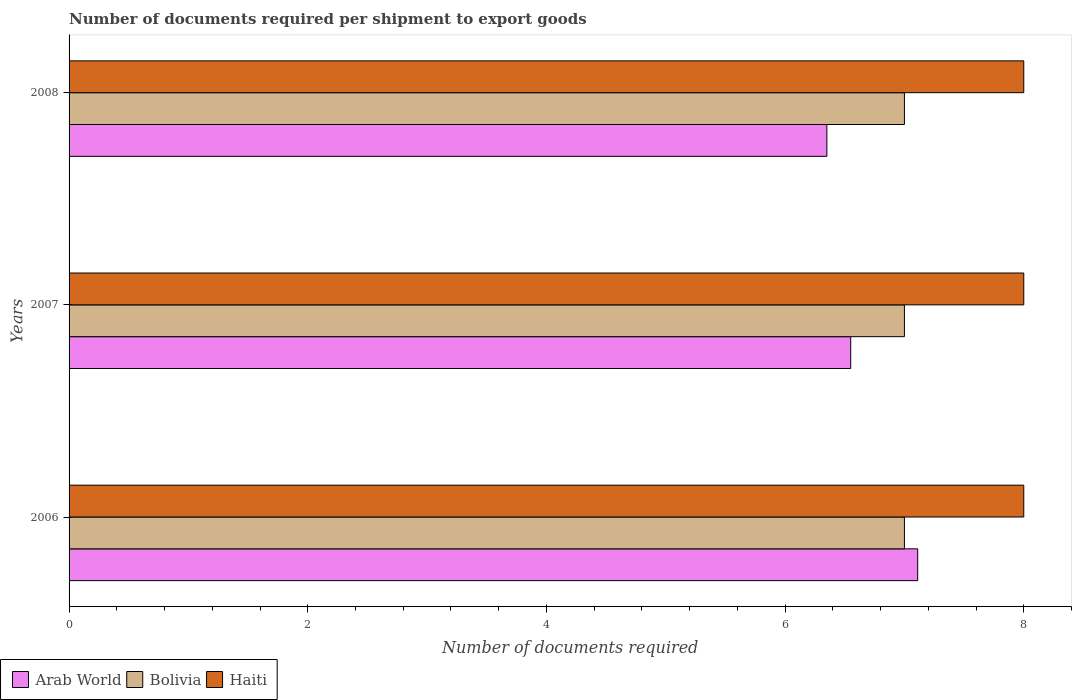
| Years | Arab World | Bolivia | Haiti |
 | --- | --- | --- | --- |
 | 2006 | 7.11 | 7 | 8 |
 | 2007 | 6.55 | 7 | 8 |
 | 2008 | 6.35 | 7 | 8 |